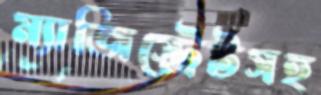
ম্যাজিস্ট্রেটসহ